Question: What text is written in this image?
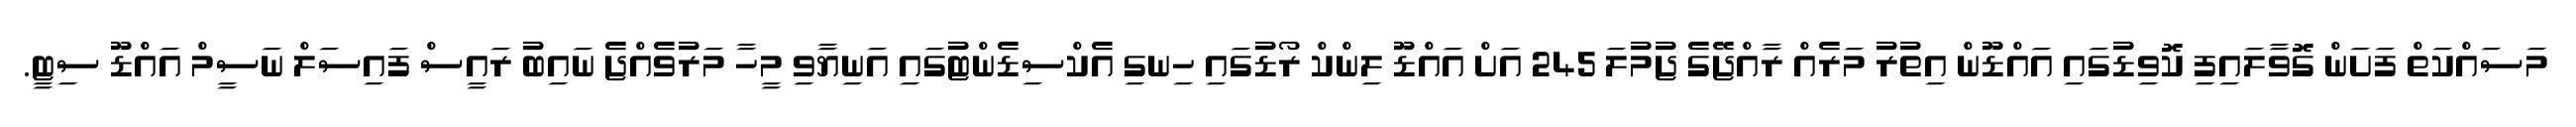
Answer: މަސައްކަތް ފަށަން ގޮވާލައިފި ކޮވިޑުގައި އައްޑޫން އިތުރު މަރެއް ރާއްޖޭގެ ޖުމުލަ 245 އަށް އައްޑޫ ލިންކް ރޯޑުގައި ހިނގި އެކްސިޑެންޓުގައި އަނިޔާވި މީހާ މަރުވެއްޖެ ނައިބު ރައީސް ފައިސަލް ނަސީމް އައްޑޫ ސިޓީ.